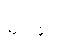
မှင်ဗူး။